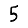
Digit: 5